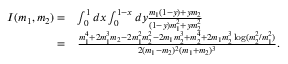
\begin{array} { r l } { I ( m _ { 1 } , m _ { 2 } ) = } & { \int _ { 0 } ^ { 1 } d x \int _ { 0 } ^ { 1 - x } d y \frac { m _ { 1 } ( 1 - y ) + y m _ { 2 } } { ( 1 - y ) m _ { 1 } ^ { 2 } + y m _ { 2 } ^ { 2 } } } \\ { = } & { \frac { m _ { 1 } ^ { 4 } + 2 m _ { 1 } ^ { 3 } m _ { 2 } - 2 m _ { 1 } ^ { 2 } m _ { 2 } ^ { 2 } - 2 m _ { 1 } m _ { 2 } ^ { 3 } + m _ { 2 } ^ { 4 } + 2 m _ { 1 } m _ { 2 } ^ { 3 } \log ( m _ { 2 } ^ { 2 } / m _ { 1 } ^ { 2 } ) } { 2 ( m _ { 1 } - m _ { 2 } ) ^ { 2 } ( m _ { 1 } + m _ { 2 } ) ^ { 3 } } . } \end{array}